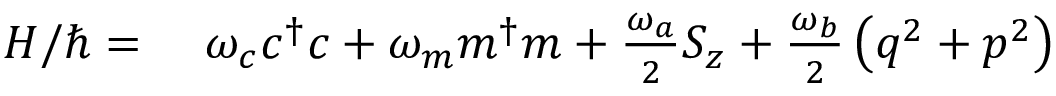
\begin{array} { r l } { H / \hbar = } & { { } \ \omega _ { c } c ^ { \dagger } c + \omega _ { m } m ^ { \dagger } m + \frac { \omega _ { a } } { 2 } S _ { z } + \frac { \omega _ { b } } { 2 } \left( q ^ { 2 } + p ^ { 2 } \right) } \end{array}